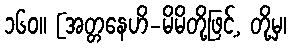
၁၆၀။ [အတ္တနေဟိ-မိမိတို့ဖြင့်, တို့မှ၊